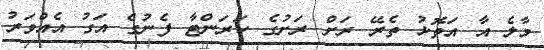
މާލެ އާ އަތޮޅު ތެރޭ ރަށް ރަށުގެ ކަރަންޓާ ފެނުގެ އަގު އެއްވަރު